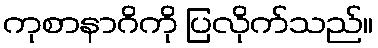
ကုစာနာဂိကို ပြလိုက်သည်။